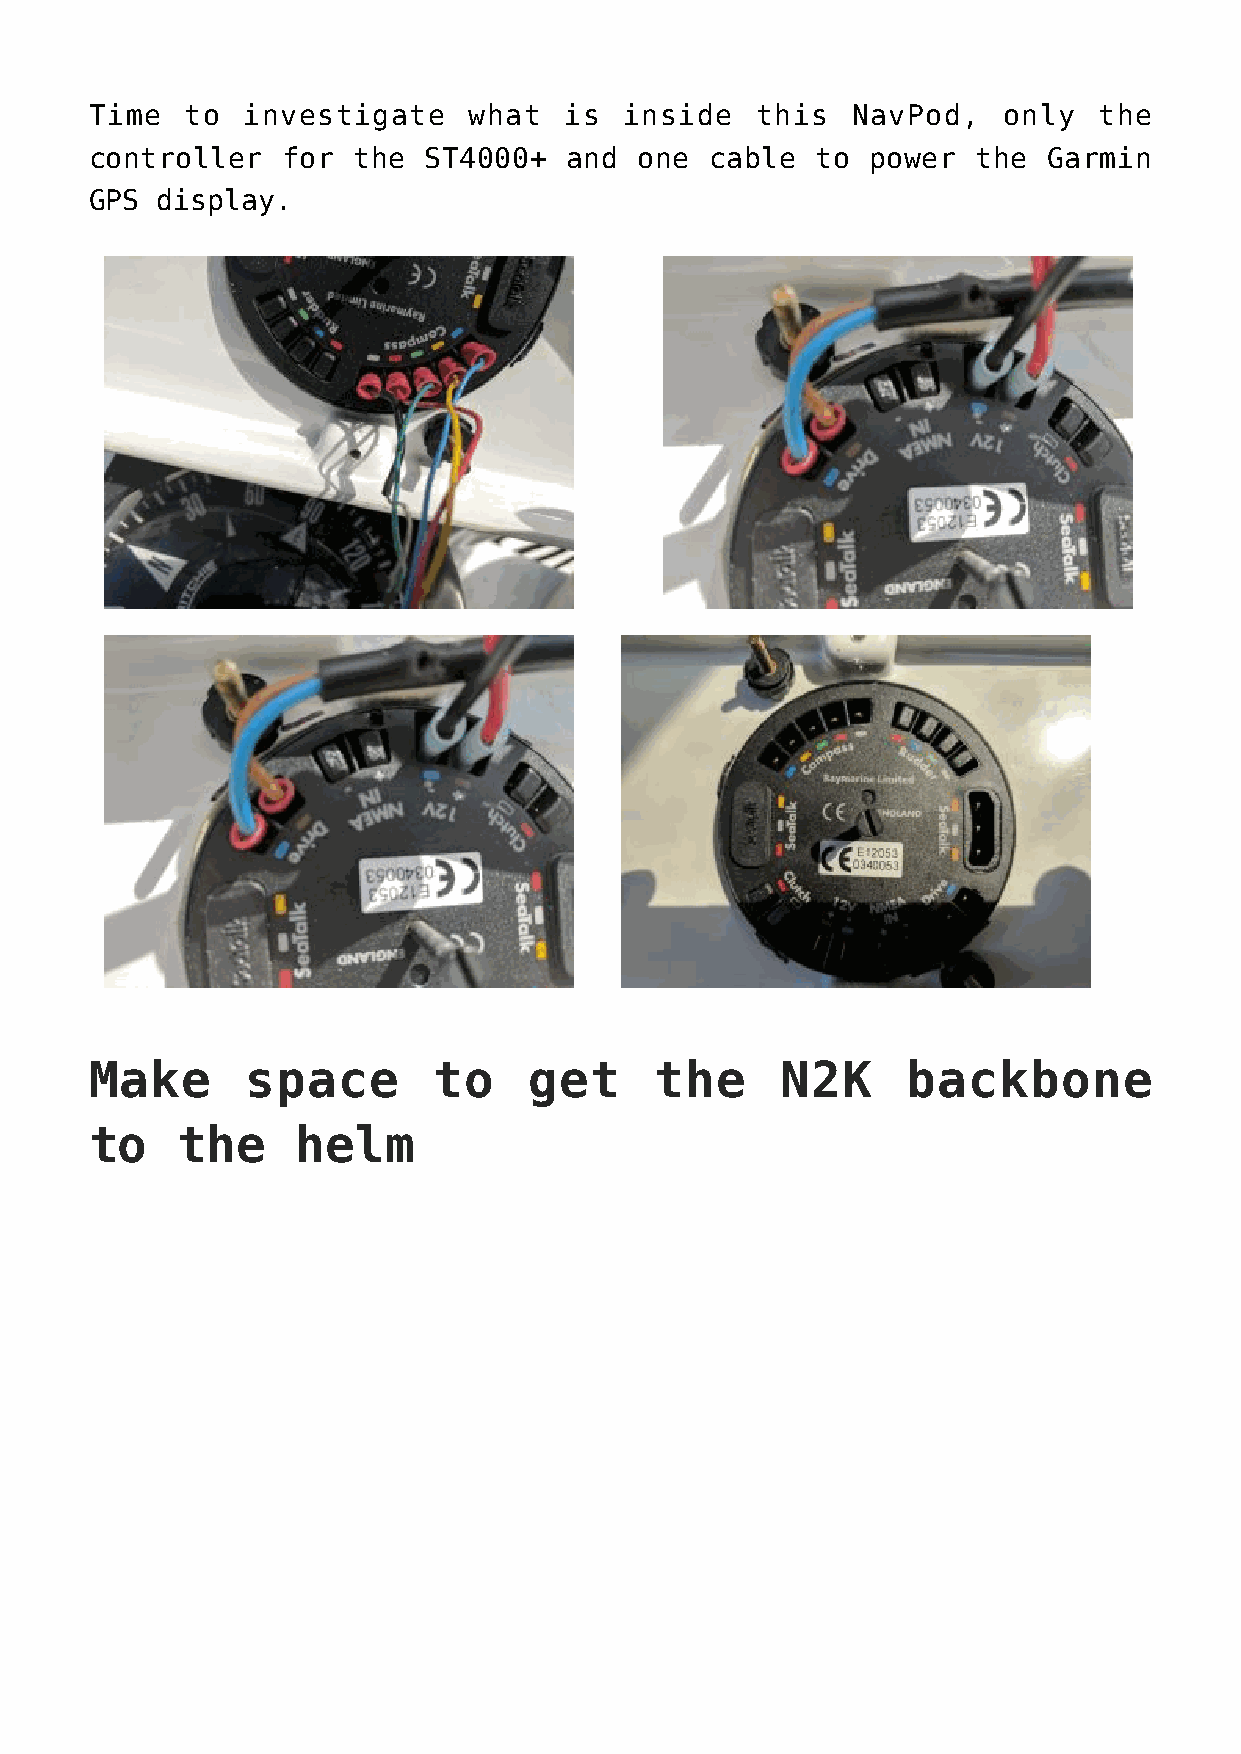
Time  to  investigate    what  is  inside   this  NavPod,   only   the
 controller   for the  ST4000+   and one  cable  to  power  the Garmin
 GPS display.
 Make      space        to    get     the      N2K     backbone
 to    the     helm